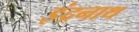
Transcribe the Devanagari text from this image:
इंद्रनाथ